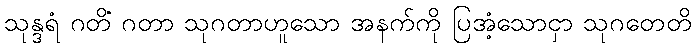
သုန္ဒရံ ဂတိံ ဂတာ သုဂတာဟူသော အနက်ကို ပြအံ့သောငှာ သုဂတေတိ